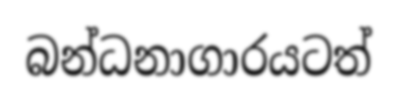
බන්ධනාගාරයටත්